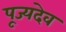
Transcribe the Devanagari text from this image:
पूज्यदेव